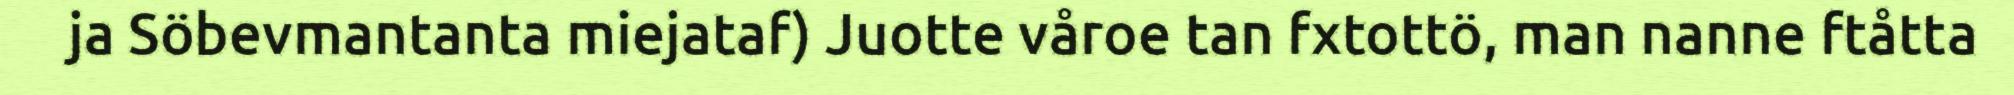
ja Söbevmantanta miejataf) Juotte våroe tan fxtottö, man nanne ftåtta